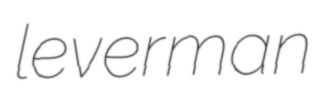
leverman